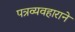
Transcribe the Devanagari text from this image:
पत्रव्यवहाराने